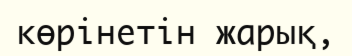
көрінетін жарық,